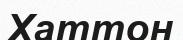
Хаттон